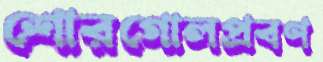
শোরগোলপ্রবণ